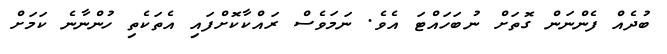
ބުދެއް ފެންނަން ގޮތަށް ނުބަހައްޓަ އެވެ. ނަމަވެސް ރައްކާކޮށްފައި އެތަކެތި ހުންނާނެ ކަމަށް